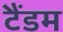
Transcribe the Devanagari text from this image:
टैंडम